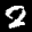
Label: 2